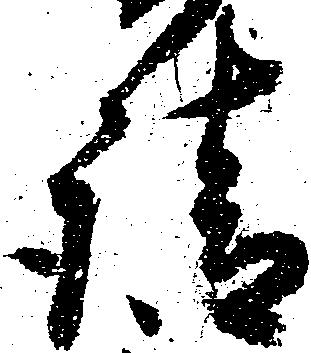
請